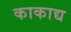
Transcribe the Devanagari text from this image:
काकाद्य